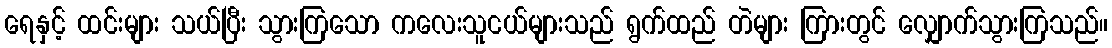
ရေနှင့် ထင်းများ သယ်ပြီး သွားကြသော ကလေးသူငယ်များသည် ရွက်ထည် တဲများ ကြားတွင် လျှောက်သွားကြသည်။